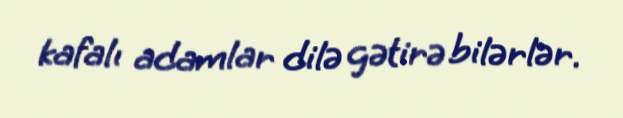
kafalı adamlar dilə gətirə bilərlər.